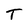
Character: T